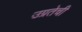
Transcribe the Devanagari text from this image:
उग्रतेची